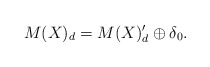
\begin{align*}M(X)_d = M(X)_d' \oplus \delta_0.\end{align*}